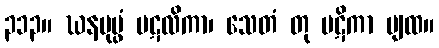
၃၁၃။ ဃနပုပ္ဖံ ပဋလိကာ၊ သေတံ တု ပဋိကာ ပျထ။